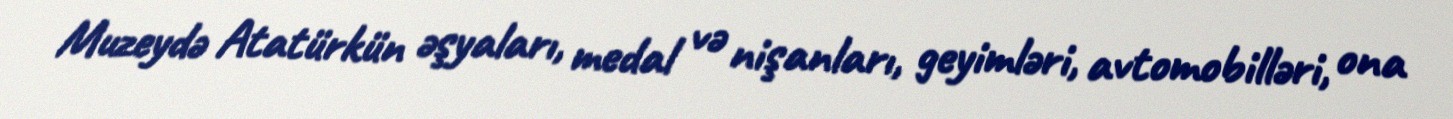
Muzeydə Atatürkün əşyaları, medal və nişanları, geyimləri, avtomobilləri, ona